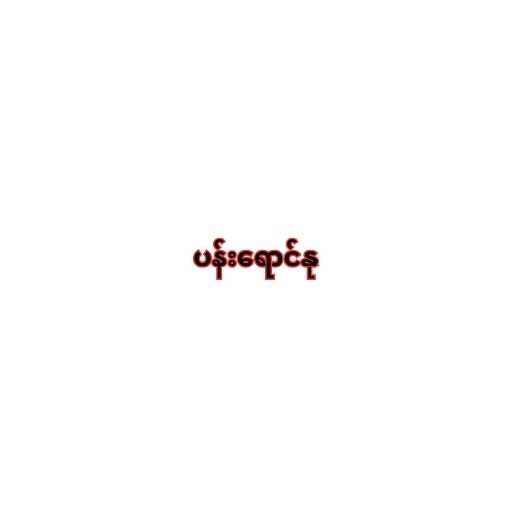
ပန်းရောင်နု